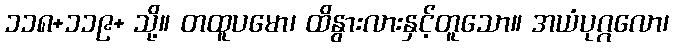
၁၁၈+၁၁၉+ သို့။ တထူပမော၊ ထိနွားလားနှင့်တူသော။ အယံပုဂ္ဂလော၊